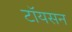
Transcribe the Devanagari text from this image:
टॉयसन